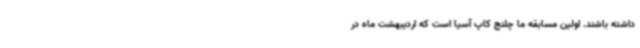
داشته باشند. اولین مسابقه ما چلنج کاپ آسیا است که اردیبهشت ماه در